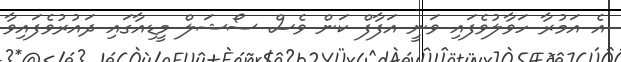
އެ އަމުރާ ހަވާލުވެފައި ވަނީ އަފާފް ކަން ވެސް ސޯޝަލް މީޑިއާގައި ދައުރުވެފައިވާ